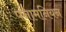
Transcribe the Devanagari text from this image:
पनामनियन